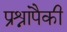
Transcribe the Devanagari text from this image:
प्रश्नांपैकी